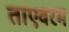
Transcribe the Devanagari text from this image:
ताएवरम